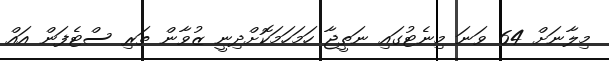
މިލާނަށް 64 ވަނަ މިނެޓުގައި ނަތީޖާ ހަމަހަމަކޮށްދިނީ ޒުވާން ތަރި ސްޓެފަން އައް